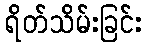
ရိတ်သိမ်းခြင်း